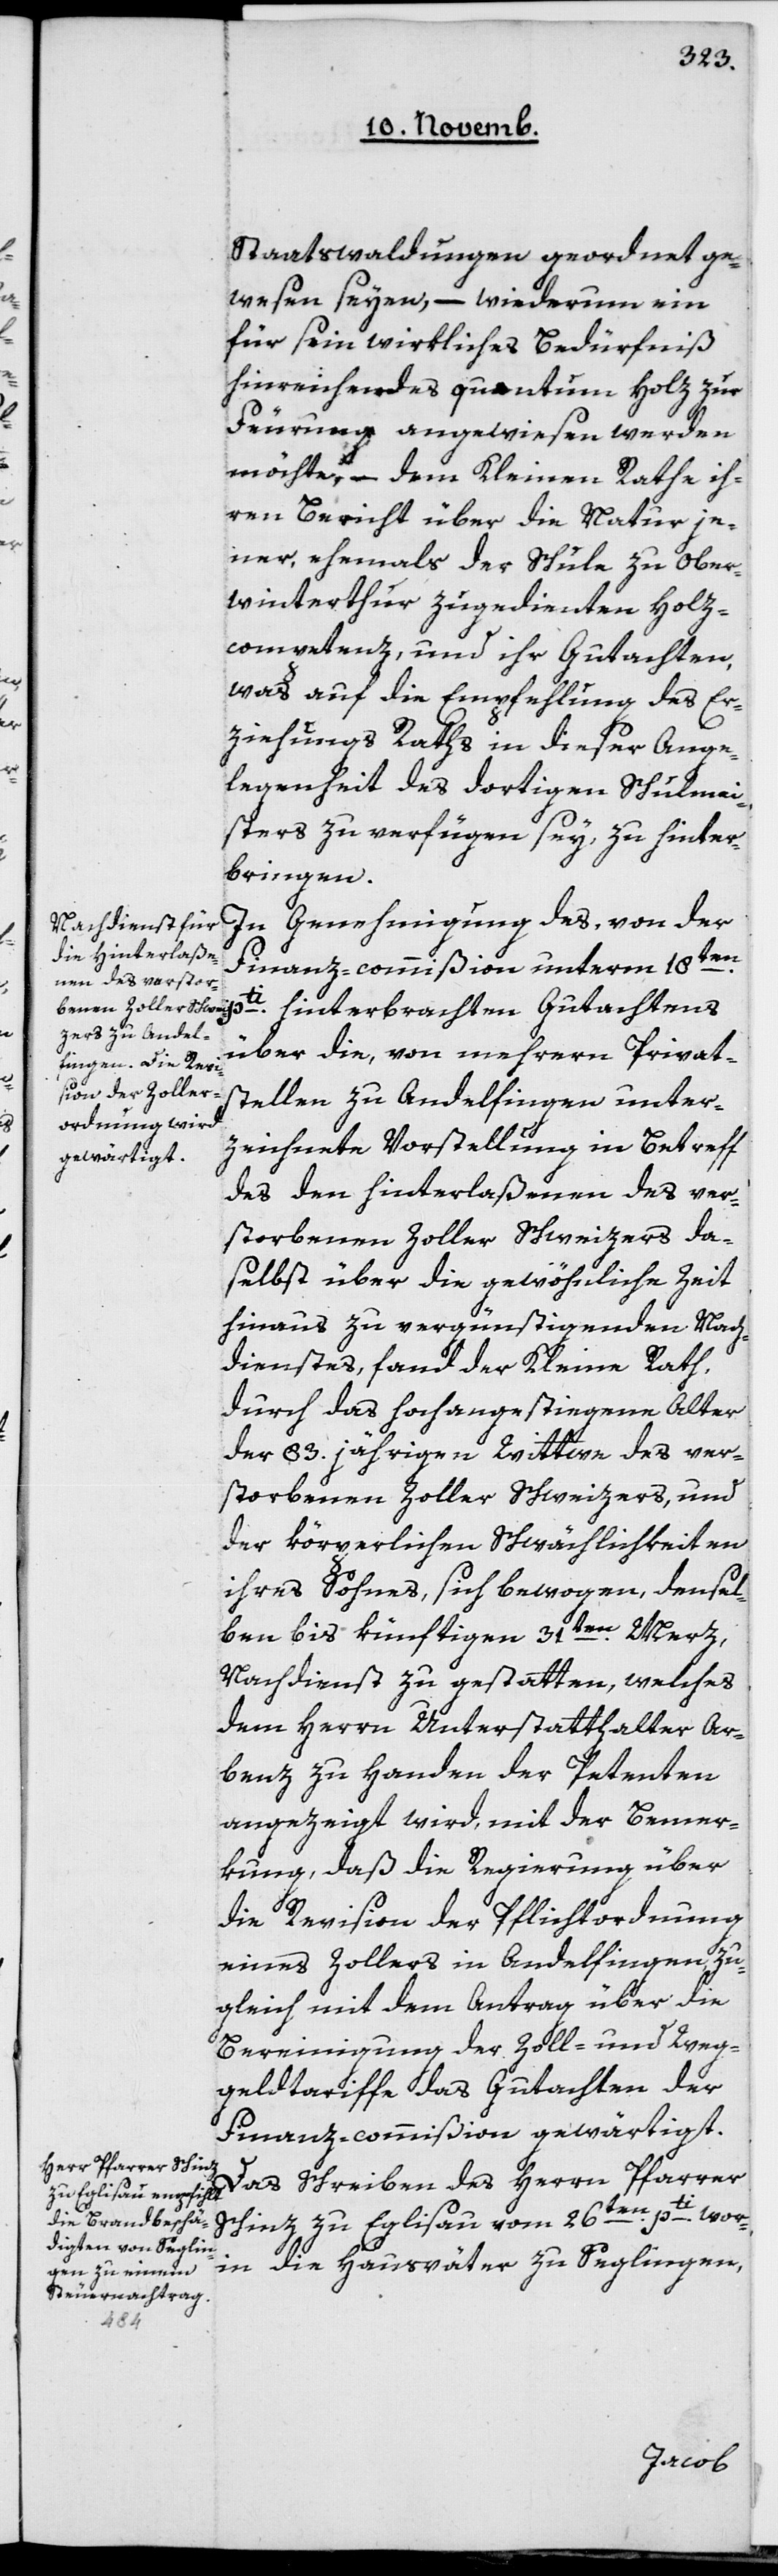
Staatswaldungen geordnet ge¬
wesen seyen, – wiederum ein
für sein wirkliches Bedürfniß
hinreichendes quantum Holz zur
Feurung angewiesen werden
möchte, – dem Kleinen Rathe ih¬
ren Bericht über die Natur je¬
ner, ehemals der Schule zu Ober¬
winterthur zugedienten Holz¬
competenz, und ihr Gutachten,
was auf die Empfehlung des Er¬
ziehungsraths in dieser Ange¬
legenheit des dortigen Schulmei¬
sters zu verfügen sey, zu hinter¬
bringen.
In Genehmigung des, von der
Finanz-commißion unterm 18ten
pti hinterbrachten Gutachtens
über die, von mehrern Privat¬
stellen zu Andelfingen unter¬
zeichnete Vorstellung in Betreff
des den Hinterlaßenen des ver¬
storbenen Zoller Schweizers da¬
selbst über die gewöhnliche Zeit
hinaus zu vergünstigenden Nach¬
dienstes, fand der Kleine Rath,
durch das hochangestiegene Alter
der 83 jährigen Wittwe des ver¬
storbenen Zoller Schweizers, und
der körperlichen Schwächlichkeiten
ihres Sohnes, sich bewogen, densel¬
ben bis künftigen 31ten Merz,
Nachdienst zu gestatten, welches
dem Herren Unterstatthalter Ar¬
benz zu Handen der Petenten
angezeigt wird, mit der Bemer¬
kung, daß die Regierung über
die Revision der Pflichtordnung
eines Zollers in Andelfingen zu¬
gleich mit dem Antrag über die
Bereinigung der Zoll- und Weg¬
geldtariffe das Gutachten der
Finanz-commißion gewärtigt.
Das Schreiben des Herrn Pfarrer
Schinz zu Eglisau vom 26ten pti, wor¬
in die Hausväter zu Seglingen,